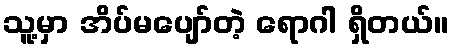
သူ့မှာ အိပ်မပျော်တဲ့ ရောဂါ ရှိတယ်။